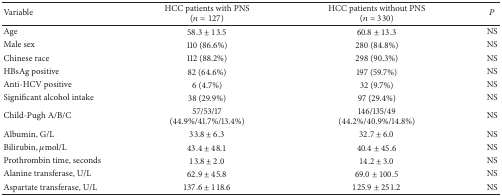
<table><thead><tr><td><b>Variable</b></td><td><b>HCC patients with PNS (<i>n</i> = 127)</b></td><td><b>HCC patients without PNS (<i>n</i> = 330)</b></td><td><b><i>P</i></b></td></tr></thead><tbody><tr><td>Age</td><td>58.3 ± 13.5</td><td>60.8 ± 13.3</td><td>NS</td></tr><tr><td>Male sex</td><td>110 (86.6%)</td><td>280 (84.8%)</td><td>NS</td></tr><tr><td>Chinese race</td><td>112 (88.2%)</td><td>298 (90.3%)</td><td>NS</td></tr><tr><td>HBsAg positive</td><td>82 (64.6%)</td><td>197 (59.7%)</td><td>NS</td></tr><tr><td>Anti-HCV positive</td><td>6 (4.7%)</td><td>32 (9.7%)</td><td>NS</td></tr><tr><td>Significant alcohol intake</td><td>38 (29.9%)</td><td>97 (29.4%)</td><td>NS</td></tr><tr><td>Child-Pugh A/B/C</td><td>57/53/17(44.9%/41.7%/13.4%)</td><td>146/135/49(44.2%/40.9%/14.8%)</td><td>NS</td></tr><tr><td>Albumin, G/L</td><td>33.8 ± 6.3</td><td>32.7 ± 6.0</td><td>NS</td></tr><tr><td>Bilirubin, <i>μ</i>mol/L</td><td>43.4 ± 48.1</td><td>40.4 ± 45.6</td><td>NS</td></tr><tr><td>Prothrombin time, seconds</td><td>13.8 ± 2.0</td><td>14.2 ± 3.0</td><td>NS</td></tr><tr><td>Alanine transferase, U/L</td><td>62.9 ± 45.8</td><td>69.0 ± 100.5</td><td>NS</td></tr><tr><td>Aspartate transferase, U/L</td><td>137.6 ± 118.6</td><td>125.9 ± 251.2</td><td>NS</td></tr></tbody></table>